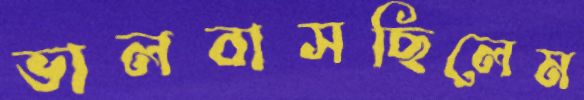
ভালবাসছিলেম